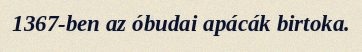
1367-ben az óbudai apácák birtoka.